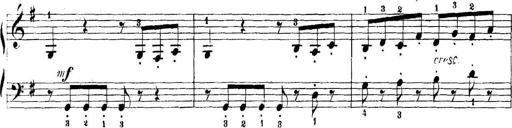
Title: 5 Sonatinas
Composer: Theodor Kirchner